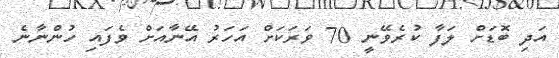
އަދި ބޮޑަށް ލަފާ ކުރެވޭނީ 70 ވަރަކަށް އަހަރު އޭނާއަށް ވެފައި ހުންނާނެ